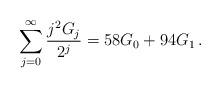
LaTeX: \begin{align*}\sum_{j = 0}^\infty {\frac{{j^2G_j }}{{2^j }}} = 58G_0 + 94G_1\,.\end{align*}